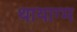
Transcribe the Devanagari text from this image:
थायाग्म